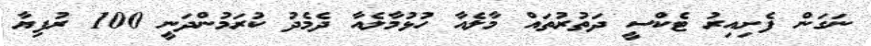
ނަގަން ފެށިއިރު ޓެކްސީ ދަތުރުތައް މާލެއާ ހުޅުމާލެއާ ދެމެދު ކުރަމުންދަނީ 100 ރުފިޔާ